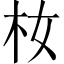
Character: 𪱴